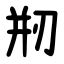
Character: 剏